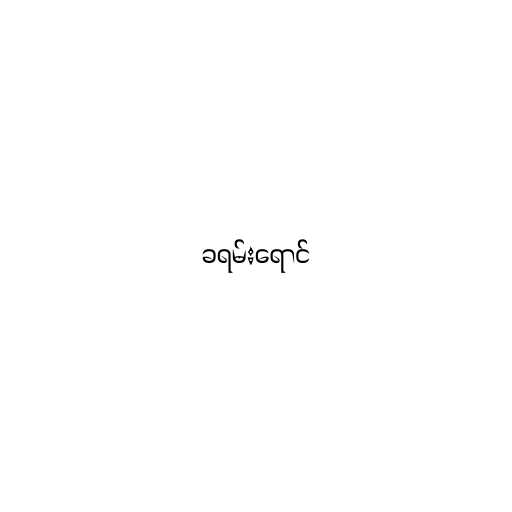
ခရမ်းရောင်